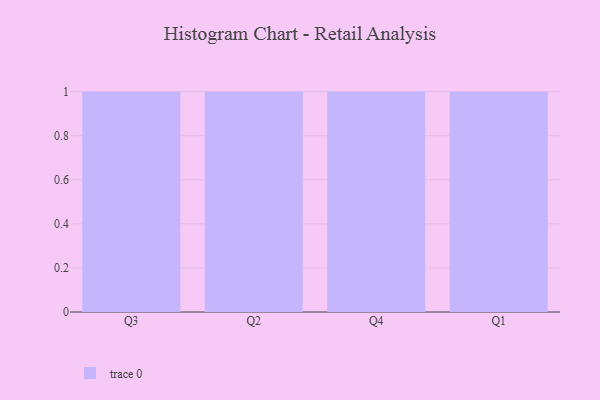
{"axis": {"x": "Quarter", "y": "Backlog"}, "legend": [""], "data": [{"x": "Q3", "y": 47, "type": ""}, {"x": "Q2", "y": 76, "type": ""}, {"x": "Q4", "y": 80, "type": ""}, {"x": "Q1", "y": 78, "type": ""}]}